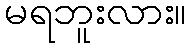
မရဘူးလား။